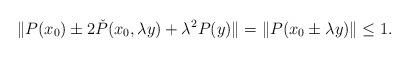
LaTeX: \begin{align*}\| P(x_0)\pm 2\check{P}(x_0, \lambda y) + \lambda^2 P(y) \| = \|P(x_0\pm \lambda y)\|\leq 1.\end{align*}